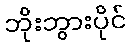
ဘိုးဘွားပိုင်